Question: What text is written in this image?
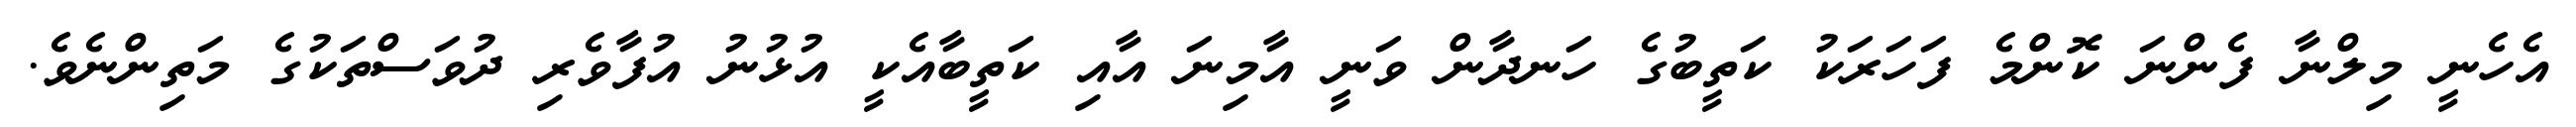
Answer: އެހެނީ މިލްނާ ފެންނަ ކޮންމެ ފަހަރަކު ކަތީބުގެ ހަނދާން ވަނީ އާމިނަ އާއި ކަތީބާއެކީ އުޅުނު އުފާވެރި ދުވަސްތަކުގެ މަތިންނެވެ.